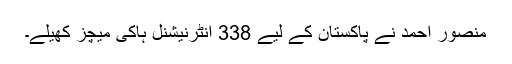
منصور احمد نے پاکستان کے لیے 338 انٹرنیشنل ہاکی میچز کھیلے۔